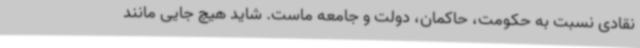
نقادی نسبت به حکومت، حاکمان، دولت و جامعه ماست. شاید هیچ جایی مانند